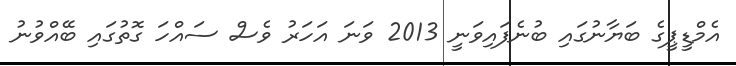
އެމްޑީޕީގެ ބަޔާނުގައި ބުނެފައިވަނީ 2013 ވަނަ އަހަރު ވެސް ސައްހަ ގޮތުގައި ބޭއްވުނު